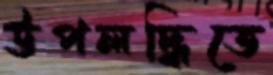
উপলদ্ধিতে